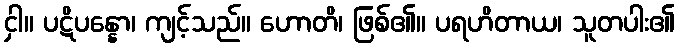
ငှါ။ ပဋိပန္နော၊ ကျင့်သည်။ ဟောတိ၊ ဖြစ်၏။ ပရဟိတာယ၊ သူတပါး၏